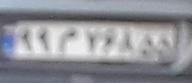
۹۹م۷۶۸۵۵